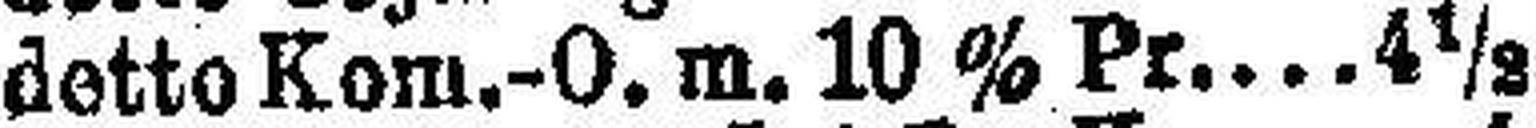
detto Kom.-O. m. 10 % Pr 4 ½